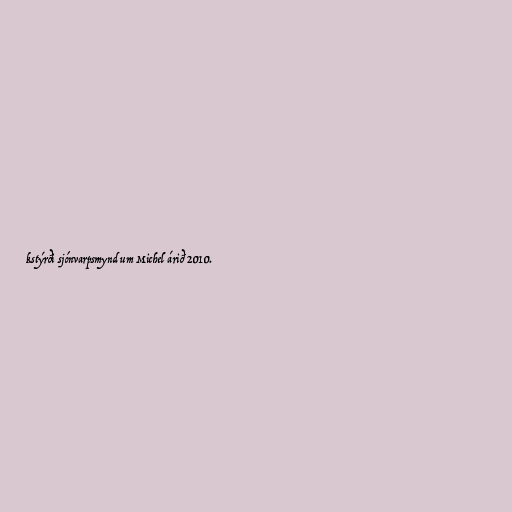
kstýrði sjónvarpsmynd um Michel árið 2010.